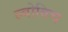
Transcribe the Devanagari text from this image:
ल्वोविच